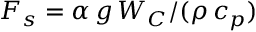
F _ { s } = \alpha \, g \, W _ { C } / ( \rho \, c _ { p } )